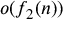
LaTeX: o ( f _ { 2 } ( n ) )